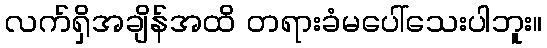
လက်ရှိအချိန်အထိ တရားခံမပေါ်သေးပါဘူး။